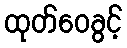
ထုတ်ဝေခွင့်